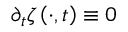
\partial _ { t } \zeta \left( \cdot , t \right) \equiv 0